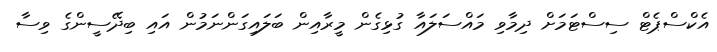
އެކްސްޕެޓް ސިސްޓަމަށް ދިމާވި މައްސަލައާ ގުޅިގެން މީރާއިން ބަލައިގަންނަމުން އައި ބިދޭސީންގެ ވިސާ